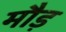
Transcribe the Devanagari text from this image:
मौड़